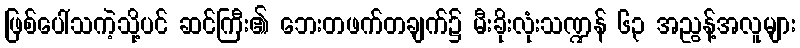
ဖြစ်ပေါ်သကဲ့သို့ပင် ဆင်ကြီး၏ ဘေးတဖက်တချက်၌ မီးခိုးလုံးသဏ္ဍန် ၆၃ အညွန့်အလူများ